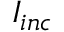
I _ { i n c }